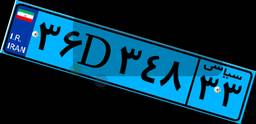
۷۶D۴۹۸۱۰